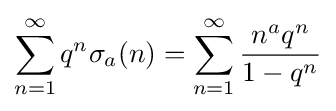
\sum _{n=1}^{\infty }q^{n}\sigma _{a}(n)=\sum _{n=1}^{\infty }{\frac {n^{a}q^{n}}{1-q^{n}}}